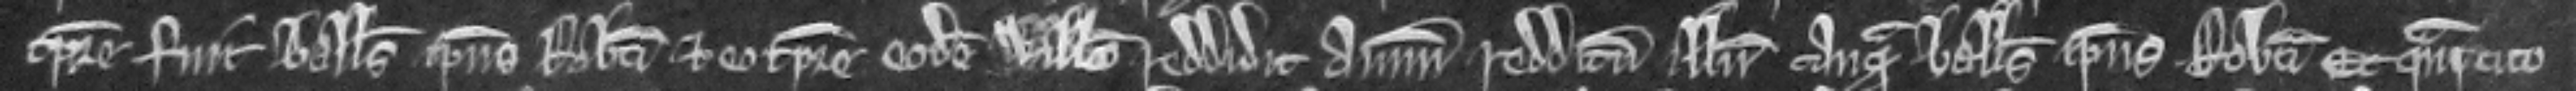
tempore fuit balliuus ipsius Roberti et eo tempore codem Willelmo reddidit annuum redditum illum tanquam balliuus ipsius Roberti. Et quam cito